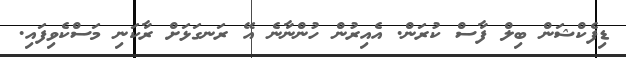
ޑިފެކްޝަން ބިލް ފާސް ކުރަން. އެއިރުން ހުންނާނެ އޭ ރަނގަޅަށް ރާކަނި މަސްކެވިފައި.